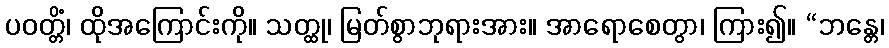
ပဝတ္တိံ၊ ထိုအကြောင်းကို။ သတ္ထု၊ မြတ်စွာဘုရားအား။ အာရောစေတွာ၊ ကြား၍။ “ဘန္တေ၊